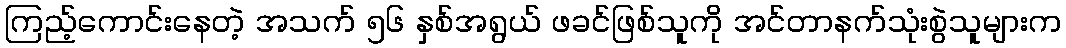
ကြည့်ကောင်းနေတဲ့ အသက် ၅၆ နှစ်အရွယ် ဖခင်ဖြစ်သူကို အင်တာနက်သုံးစွဲသူများက